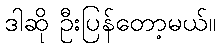
ဒါဆို ဦးပြန်တော့မယ်။